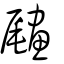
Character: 𦘧